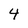
Character: 4